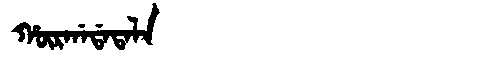
Manchu: ᡥᡡᡵᡤᠠᡩᠠᡨᠠᠯᠠ
Romanization: HŪRGADATALA